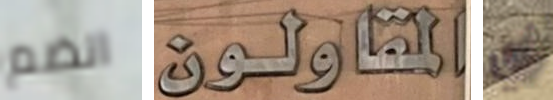
انضم المقاولون أي